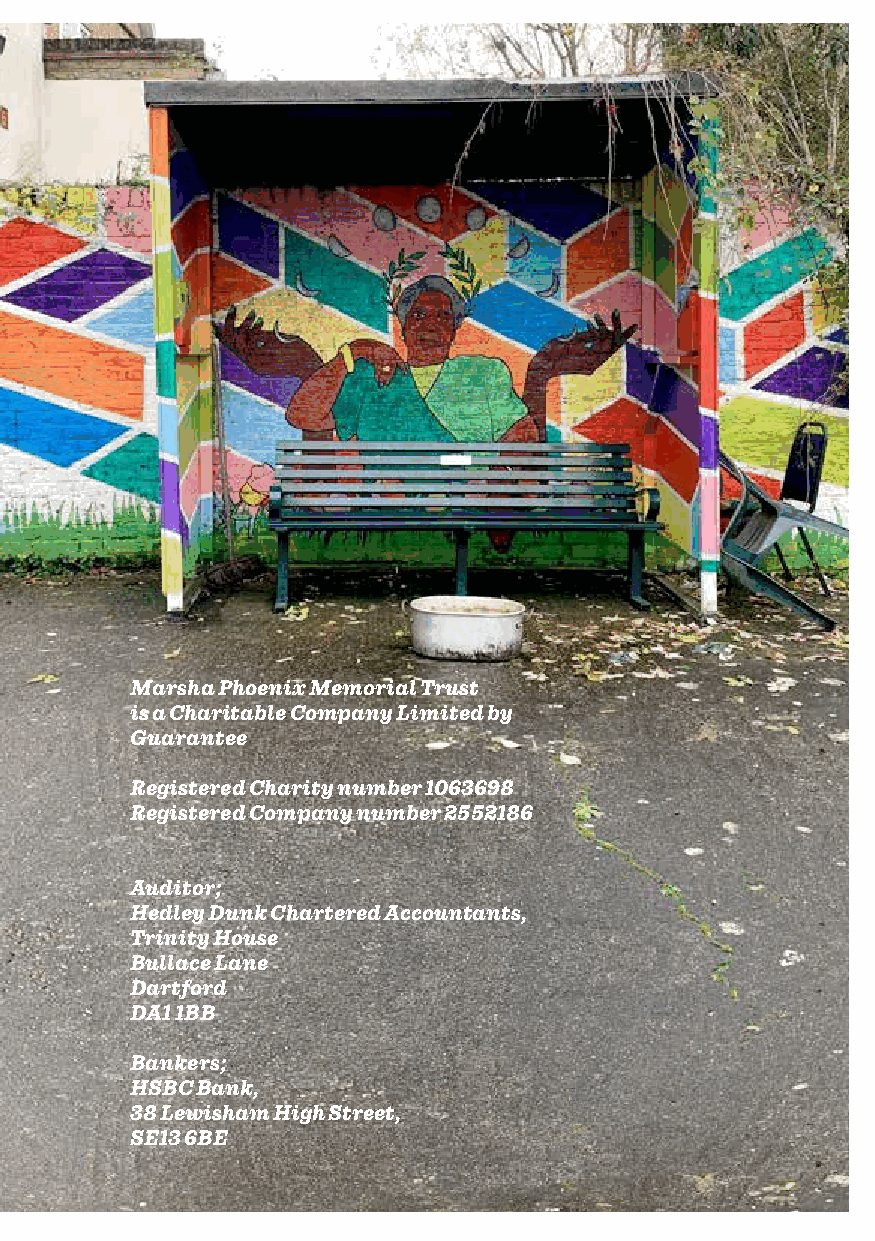
Marsha Phoenix Memorial Trust
 is a Charitable Company Limited by
 Guarantee
 Registered Charity number 1063698
 Registered Company number 2552186
 Auditor;
 Hedley Dunk Chartered Accountants,
 Trinity House
 Bullace Lane
 Dartford
 DA1 1BB
 Bankers;
 HSBC Bank,
 38 Lewisham High Street,
 SE13 6BE
 13